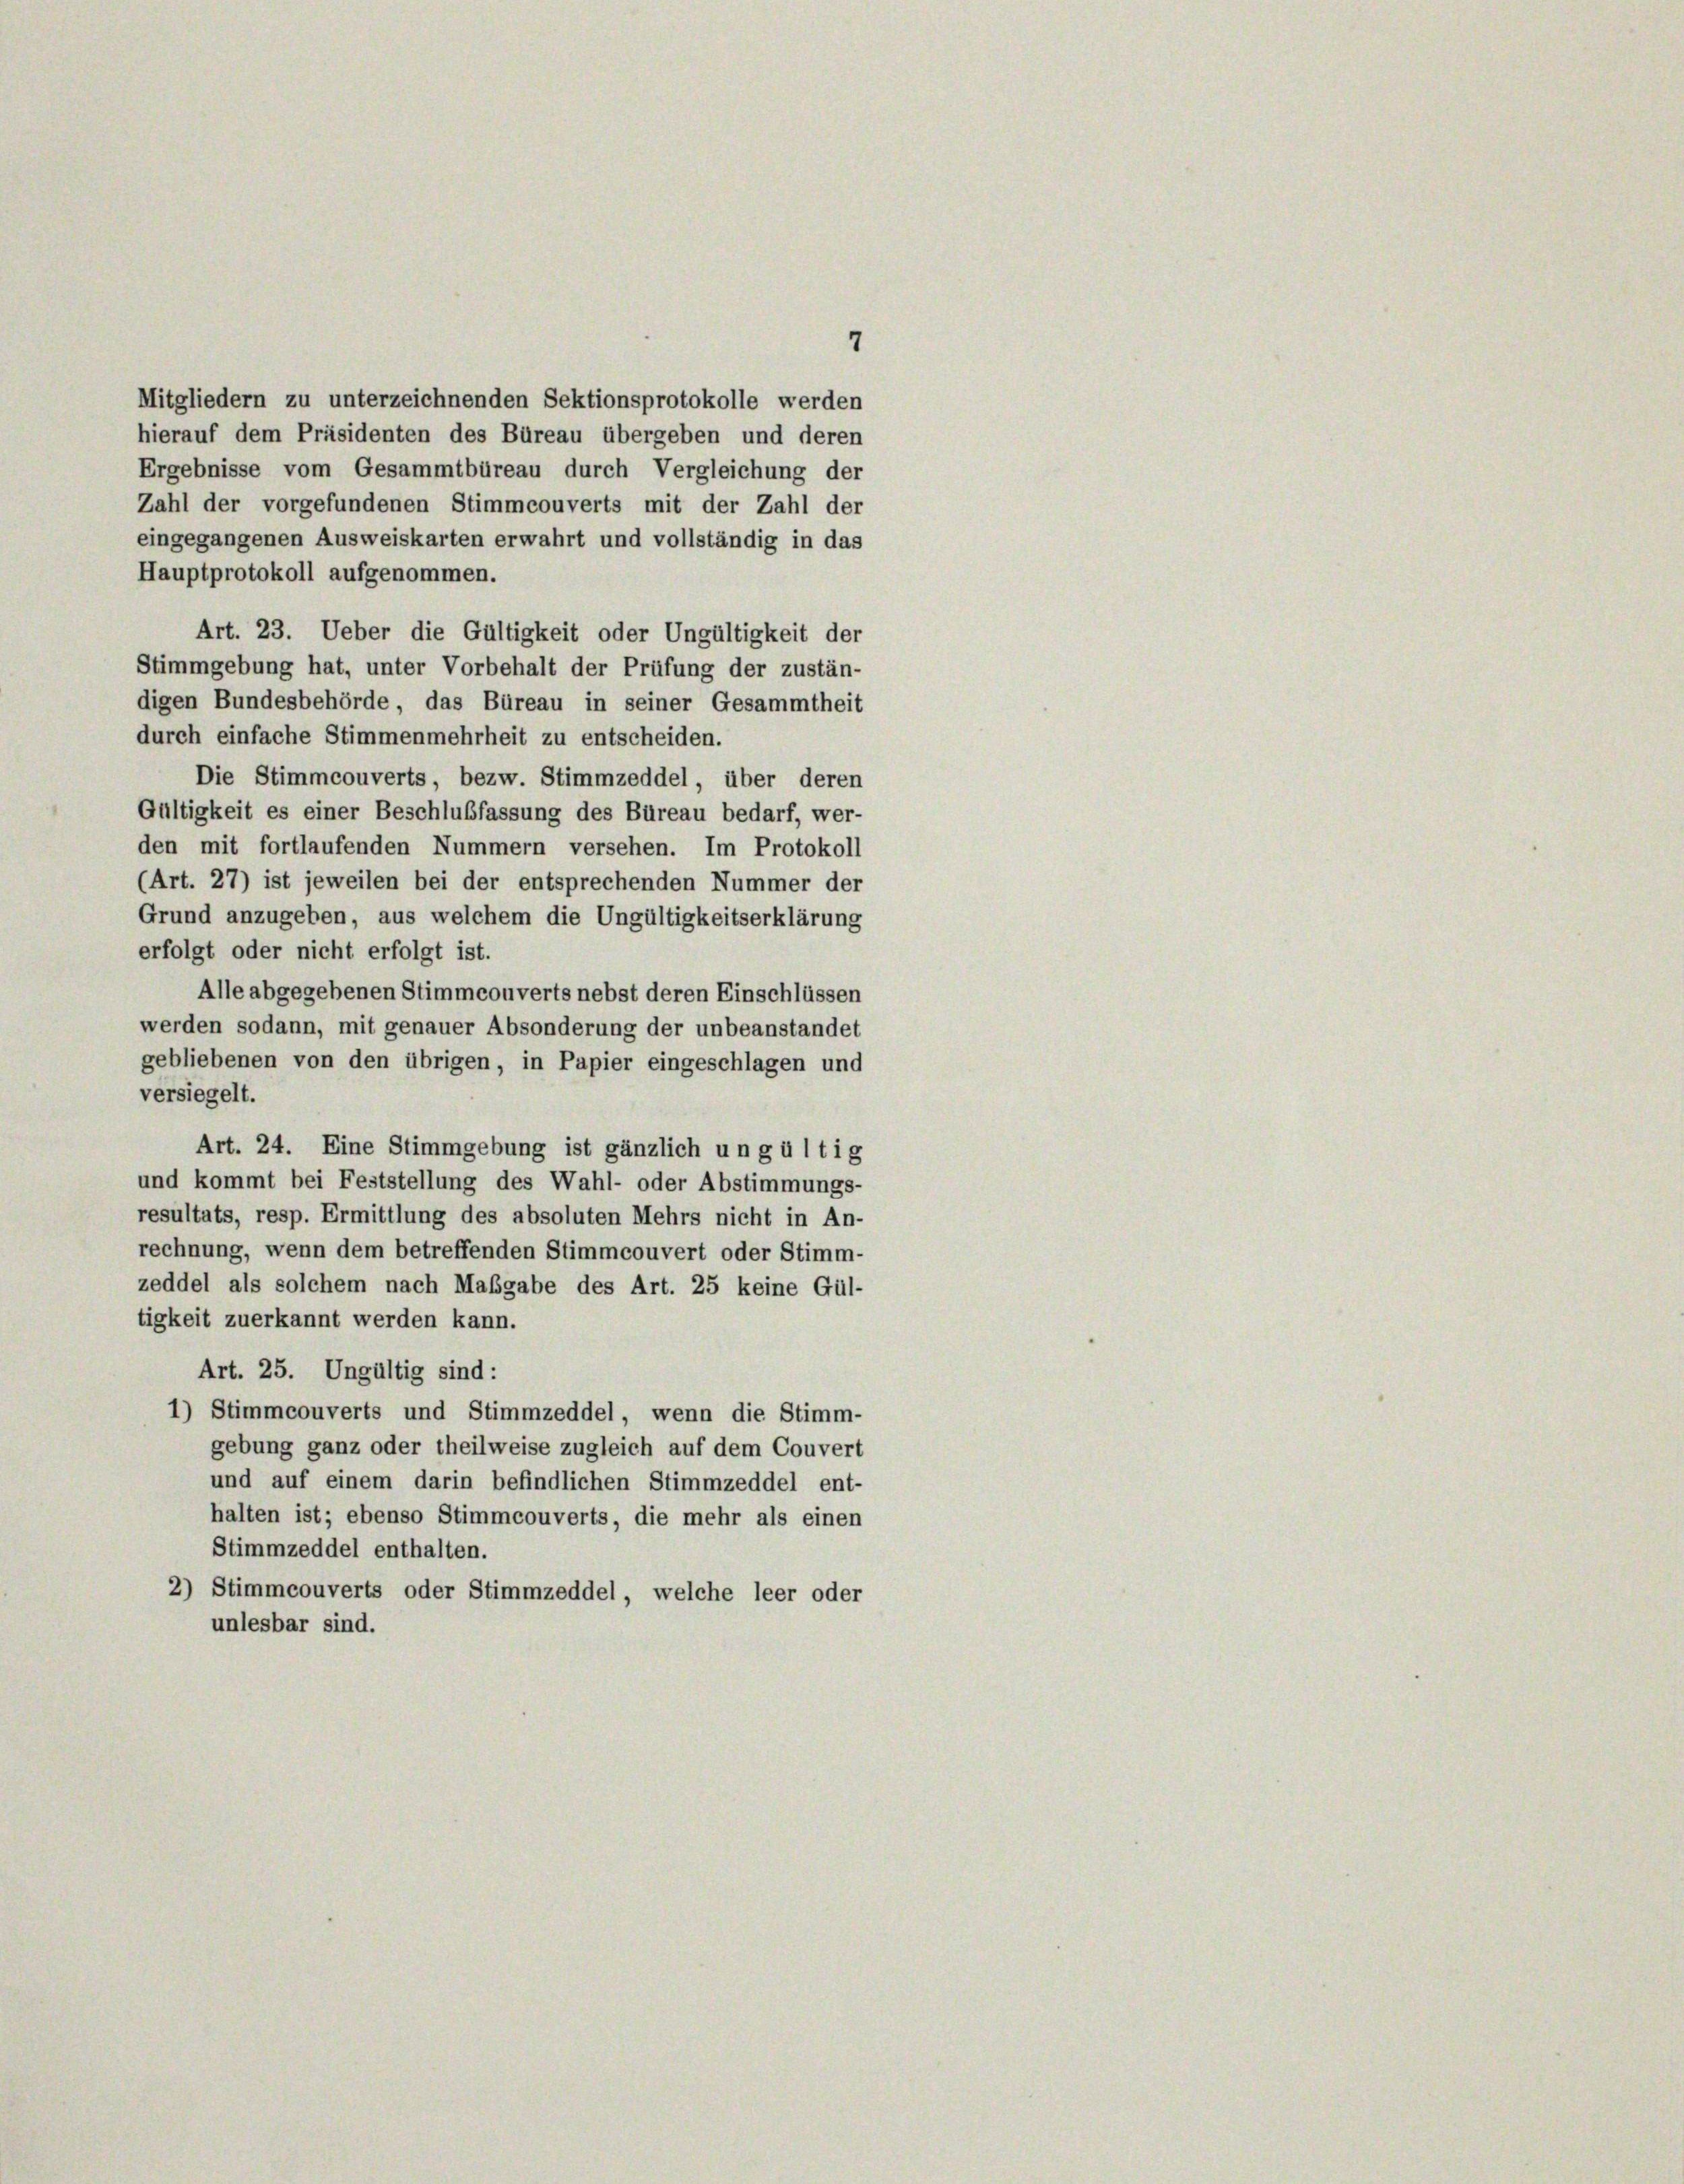
7
Mitgliedern zu unterzeichnenden Sektionsprotokolle werden
hierauf dem Präsidenten des Büreau übergeben und deren
Ergebnisse vom Gesammtbüreau durch Vergleichung der
Zahl der vorgefundenen Stimmcouverts mit der Zahl der
eingegangenen Ausweiskarten erwahrt und vollständig in das
Hauptprotokoll aufgenommen.
Art. 23. Ueber die Gültigkeit oder Ungültigkeit der
Stimmgebung hat, unter Vorbehalt der Prüfung der zustän-
digen Bundesbehörde, das Büreau in seiner Gesammtheit
durch einfache Stimmenmehrheit zu entscheiden.
Die Stimmcouverts, bezw. Stimmzeddel, über deren
Gültigkeit es einer Beschlußfassung des Büreau bedarf, wer-
den mit fortlaufenden Nummern versehen. Im Protokoll
(Art. 27) ist jeweilen bei der entsprechenden Nummer der
Grund anzugeben, aus welchem die Ungültigkeitserklärung
erfolgt oder nicht erfolgt ist.
Alle abgegebenen Stimmcouverts nebst deren Einschlüssen
werden sodann, mit genauer Absonderung der unbeanstandet
gebliebenen von den übrigen, in Papier eingeschlagen und
versiegelt.
Art. 24. Eine Stimmgebung ist gänzlich ungültig
und kommt bei Feststellung des Wahl- oder Abstimmungs-
resultats, resp. Ermittlung des absoluten Mehrs nicht in An-
rechnung, wenn dem betreffenden Stimmcouvert oder Stimm-
zeddel als solchem nach Maßgabe des Art. 25 keine Gül-
tigkeit zuerkannt werden kann.
Art. 25. Ungültig sind:
1) Stimmcouverts und Stimmzeddel, wenn die Stimm-
gebung ganz oder theilweise zugleich auf dem Couvert
und auf einem darin befindlichen Stimmzeddel ent-
halten ist; ebenso Stimmcouverts, die mehr als einen
Stimmzeddel enthalten.
2) Stimmcouverts oder Stimmzeddel, welche leer oder
unlesbar sind.